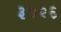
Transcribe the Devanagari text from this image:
३०२६